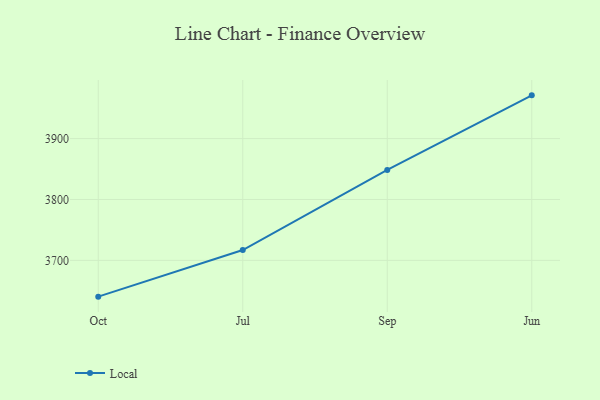
{"axis": {"x": "Month", "y": "Active Users"}, "legend": ["Local"], "data": [{"x": "Oct", "y": 3640.4, "type": "Local"}, {"x": "Jul", "y": 3717.0, "type": "Local"}, {"x": "Sep", "y": 3848.6, "type": "Local"}, {"x": "Jun", "y": 3971.0, "type": "Local"}]}